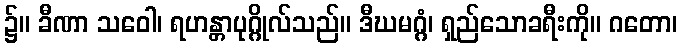
၌။ ခီဏာ သဝေါ၊ ရဟန္တာပုဂ္ဂိုလ်သည်။ ဒီဃမဂ္ဂံ၊ ရှည်သောခရီးကို။ ဂတော၊